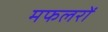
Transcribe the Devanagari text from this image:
मफलरों